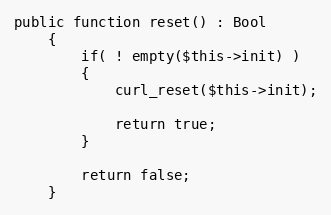
Language: PHP
public function reset() : Bool
    {
        if( ! empty($this->init) )
        {
            curl_reset($this->init);

            return true;
        }

        return false;
    }